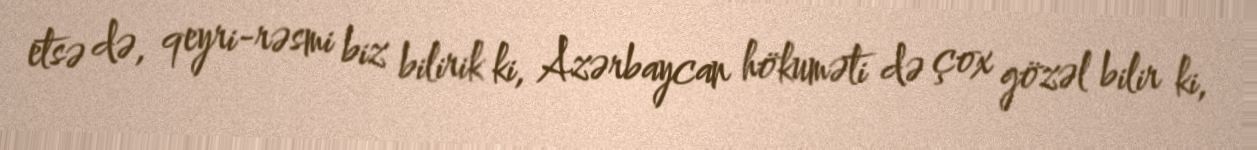
etsə də, qeyri-rəsmi biz bilirik ki, Azərbaycan hökuməti də çox gözəl bilir ki,